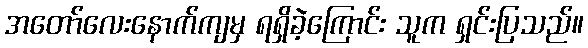
အတော်လေးနောက်ကျမှ ရရှိခဲ့ကြောင်း သူက ရှင်းပြသည်။